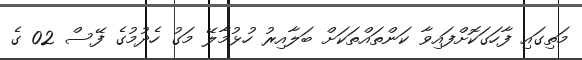
މަތިގައި ފާހަގަކޮށްފައިވާ ކަންތައްތަކަށް ބަލާއިރު ހުޅުމާލޭ މަގު ހެދުމުގެ ފޭސް 02 ގެ